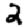
Digit: 2